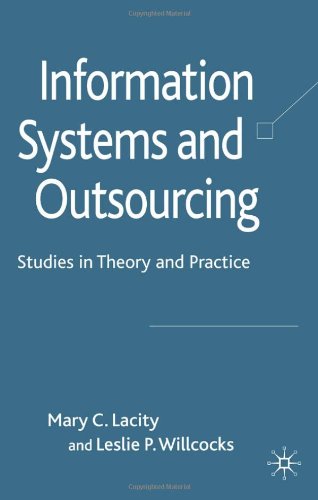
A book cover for Information Systems and Outsourcing: Studies in Theory and Practice; Leslie P. Willcocks; Business & Money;